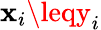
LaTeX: \mathbf{x}_{i}\leqy_{i}